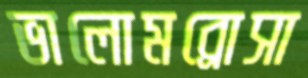
ভালোমব্রোসা